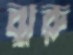
ঝুরু